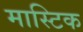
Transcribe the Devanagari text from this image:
मास्टिक